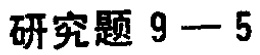
研究题 9 -- 5